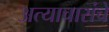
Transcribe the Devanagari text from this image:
अत्याचारांचे